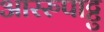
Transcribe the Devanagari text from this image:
आररुपाट्टु